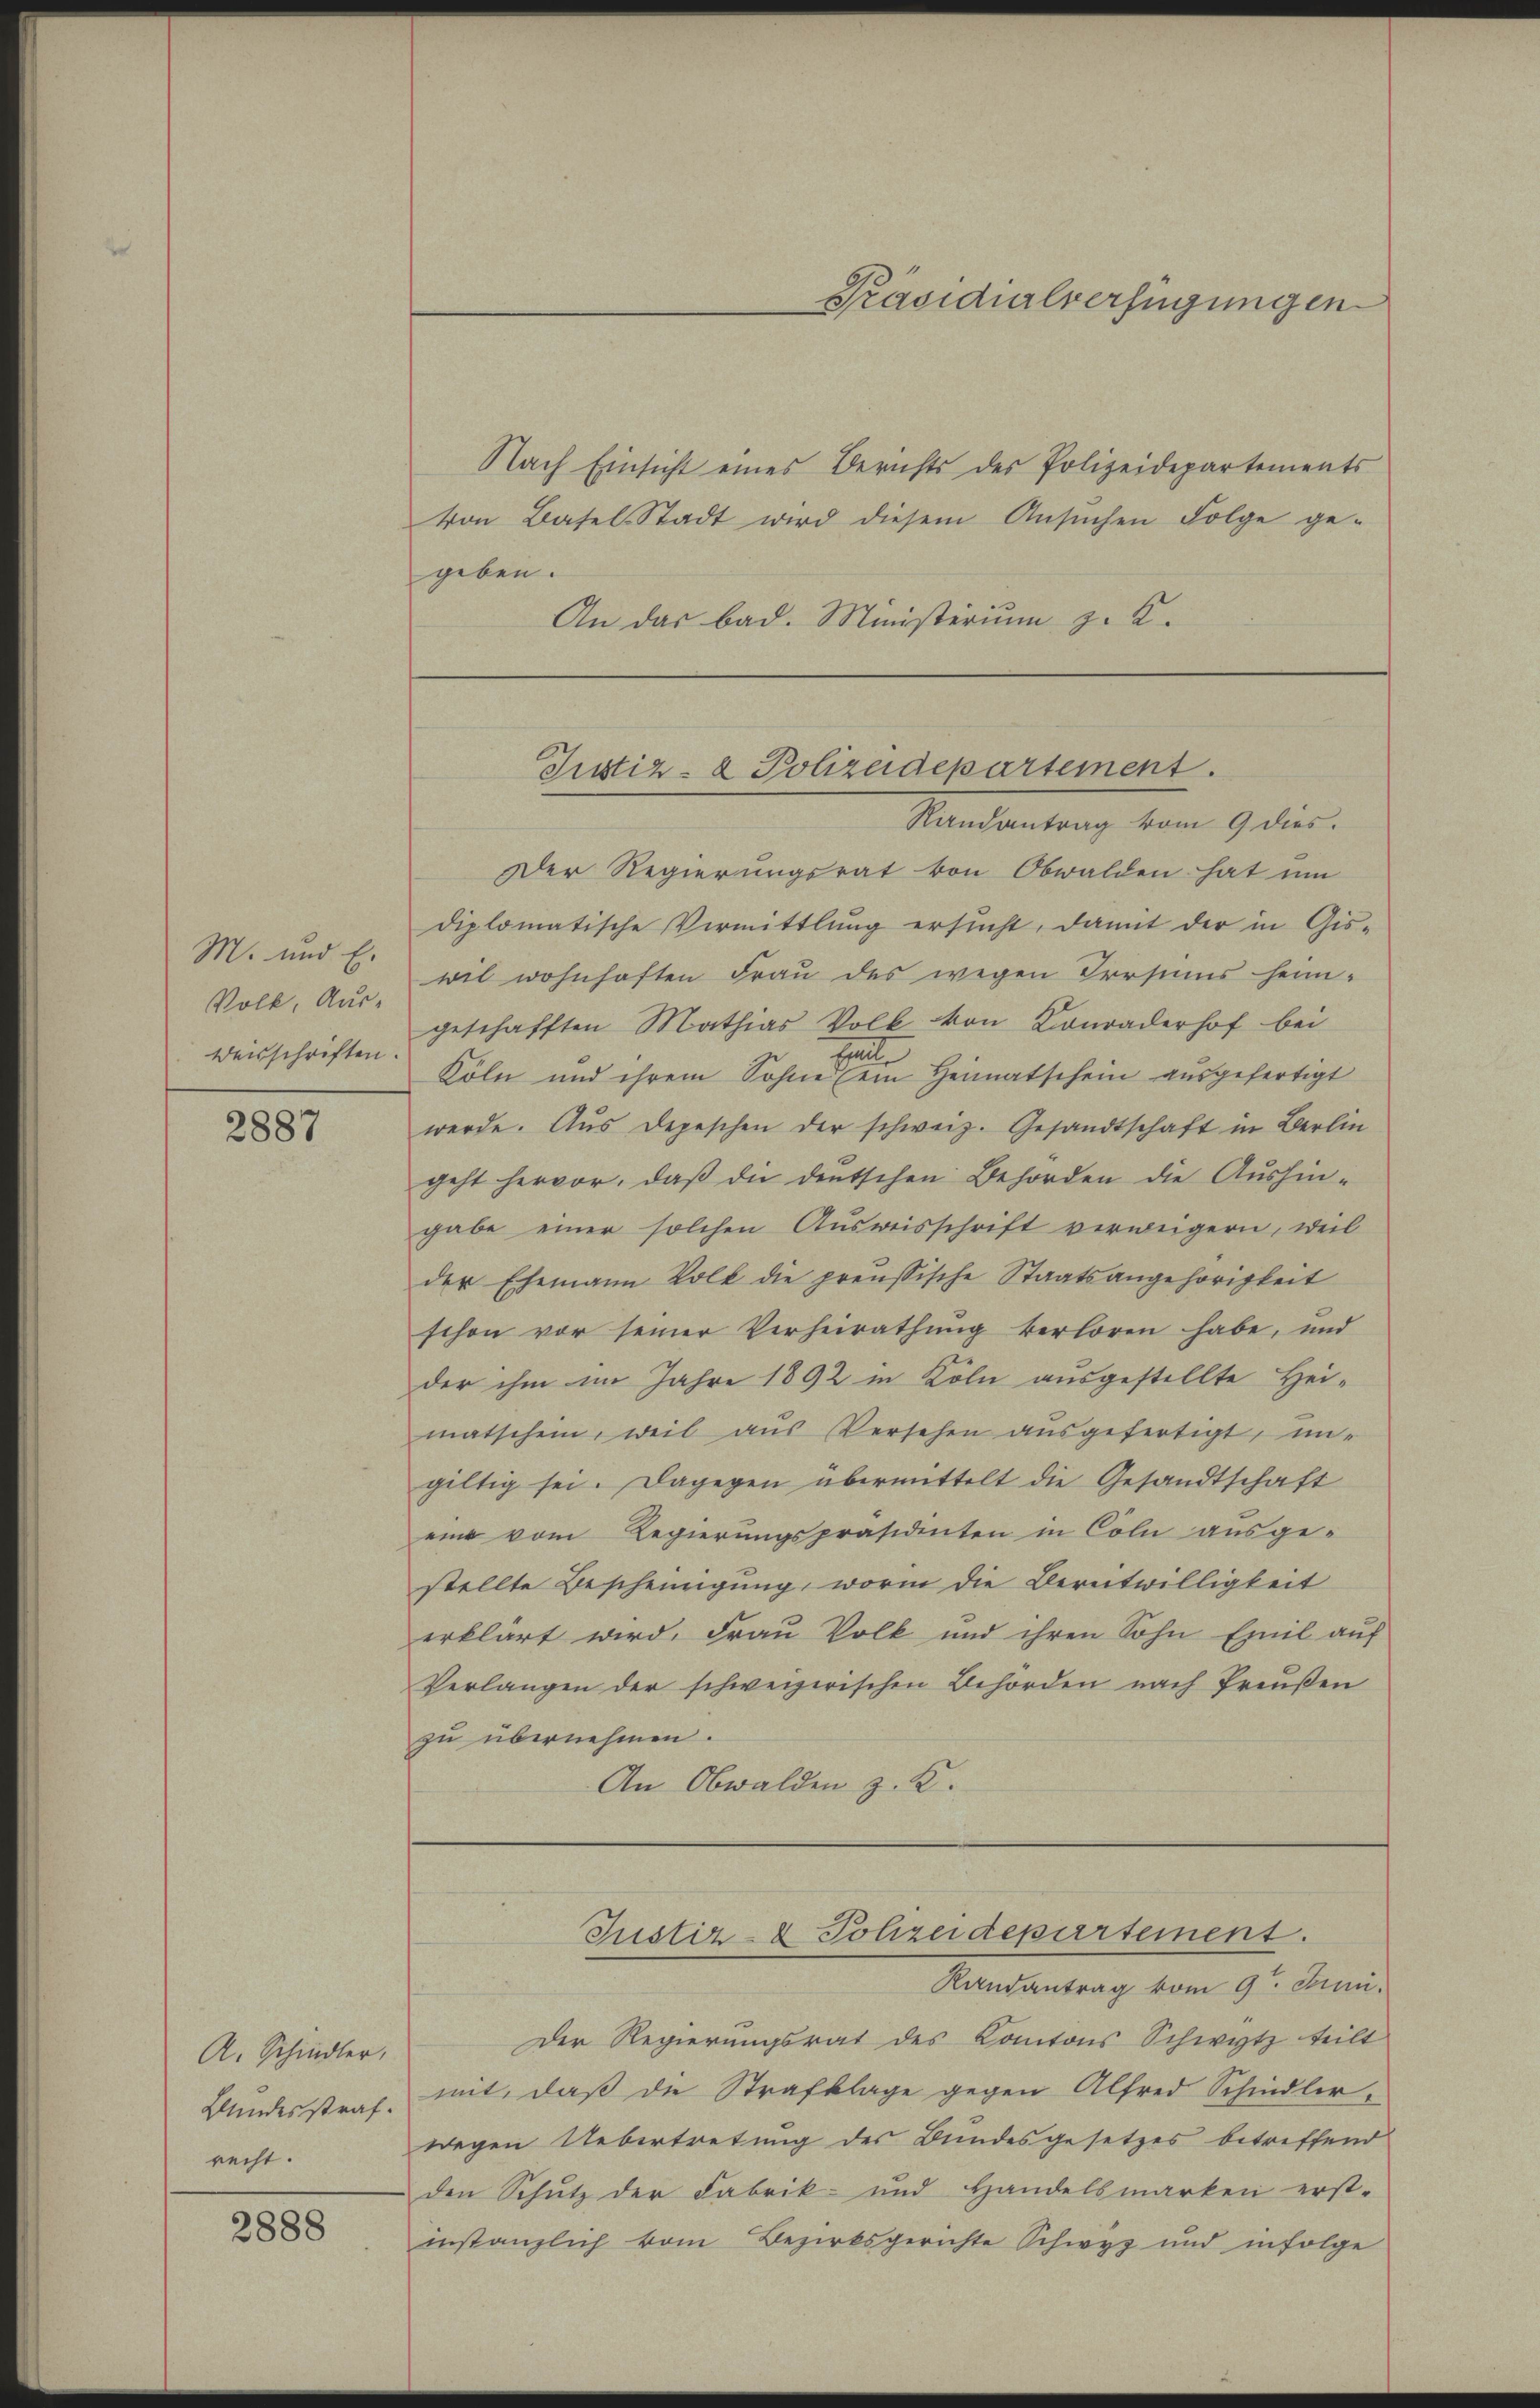
M. und E.
Volk, Aus-
Weisschriften.

2887

A. Schindler,
Bundesstraf.
recht.

2888

Nach Einsicht eines Berichts des Polizeidepartements
von Basel-Stadt wird diesem Ansuchen Folge ge-
geben.
An das bad. Ministerium z. K.

Der Regierungsrat von Obwalden hat um
diplomatische Vermittlung ersŭcht, damit der in Gis-
wil wohnhaften Frau des wegen Irrsinns heim-
geschafften Mathias Volk von Konraderhof bei
l
Köln und ihrem Sohne sein Heimatschein ausgefertigt
werde. Aus Depeschen der schweiz. Gesandtschaft in Berlin
geht hervor, daß die deutschen Behörden die Aushin-
gabe einer solchen Aŭsweisschrift verweigern, weil
der Ehemann Volk die preussische Staatsangehörigkeit
schon vor seiner Verheirathung verloren habe, und
der ihm im Jahre 1892 in Köln ausgestellte Hei-
matschen, weil aus Versehen ausgefertigt, ungiltig sei. Dagegen übermittelt die Gesandtschaft
eine vom Regierungspräsidenten in Cöln ausge-
stellte Bescheinigung, worin die Bereitwilligkeit
erklärt wird. Frau Volk und ihren Sohn Emil auf
Verlangen der schweizerischen Behörden nach Preußen
zu übernehmen.
An Obwalden z. K.

Präsidialverfügungen

Justiz- & Polizeidepartement
Randantrag vom 9 dies

Justiz- & Polizeidepartement
Randantrag vom 9. Jun.

Der Regierungsrat des Kantons Schwitz teilt
mit, daß die Strafklage gegen Alfred Schindler-
wegen Uebertretung des Bundesgesetzes betreffend
den Schutz der Fabrik- und Handelsmarken erst-
instanzlich vom Bezirksgerichte Schwyz und infolge